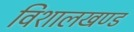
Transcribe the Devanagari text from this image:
विशालखण्ड